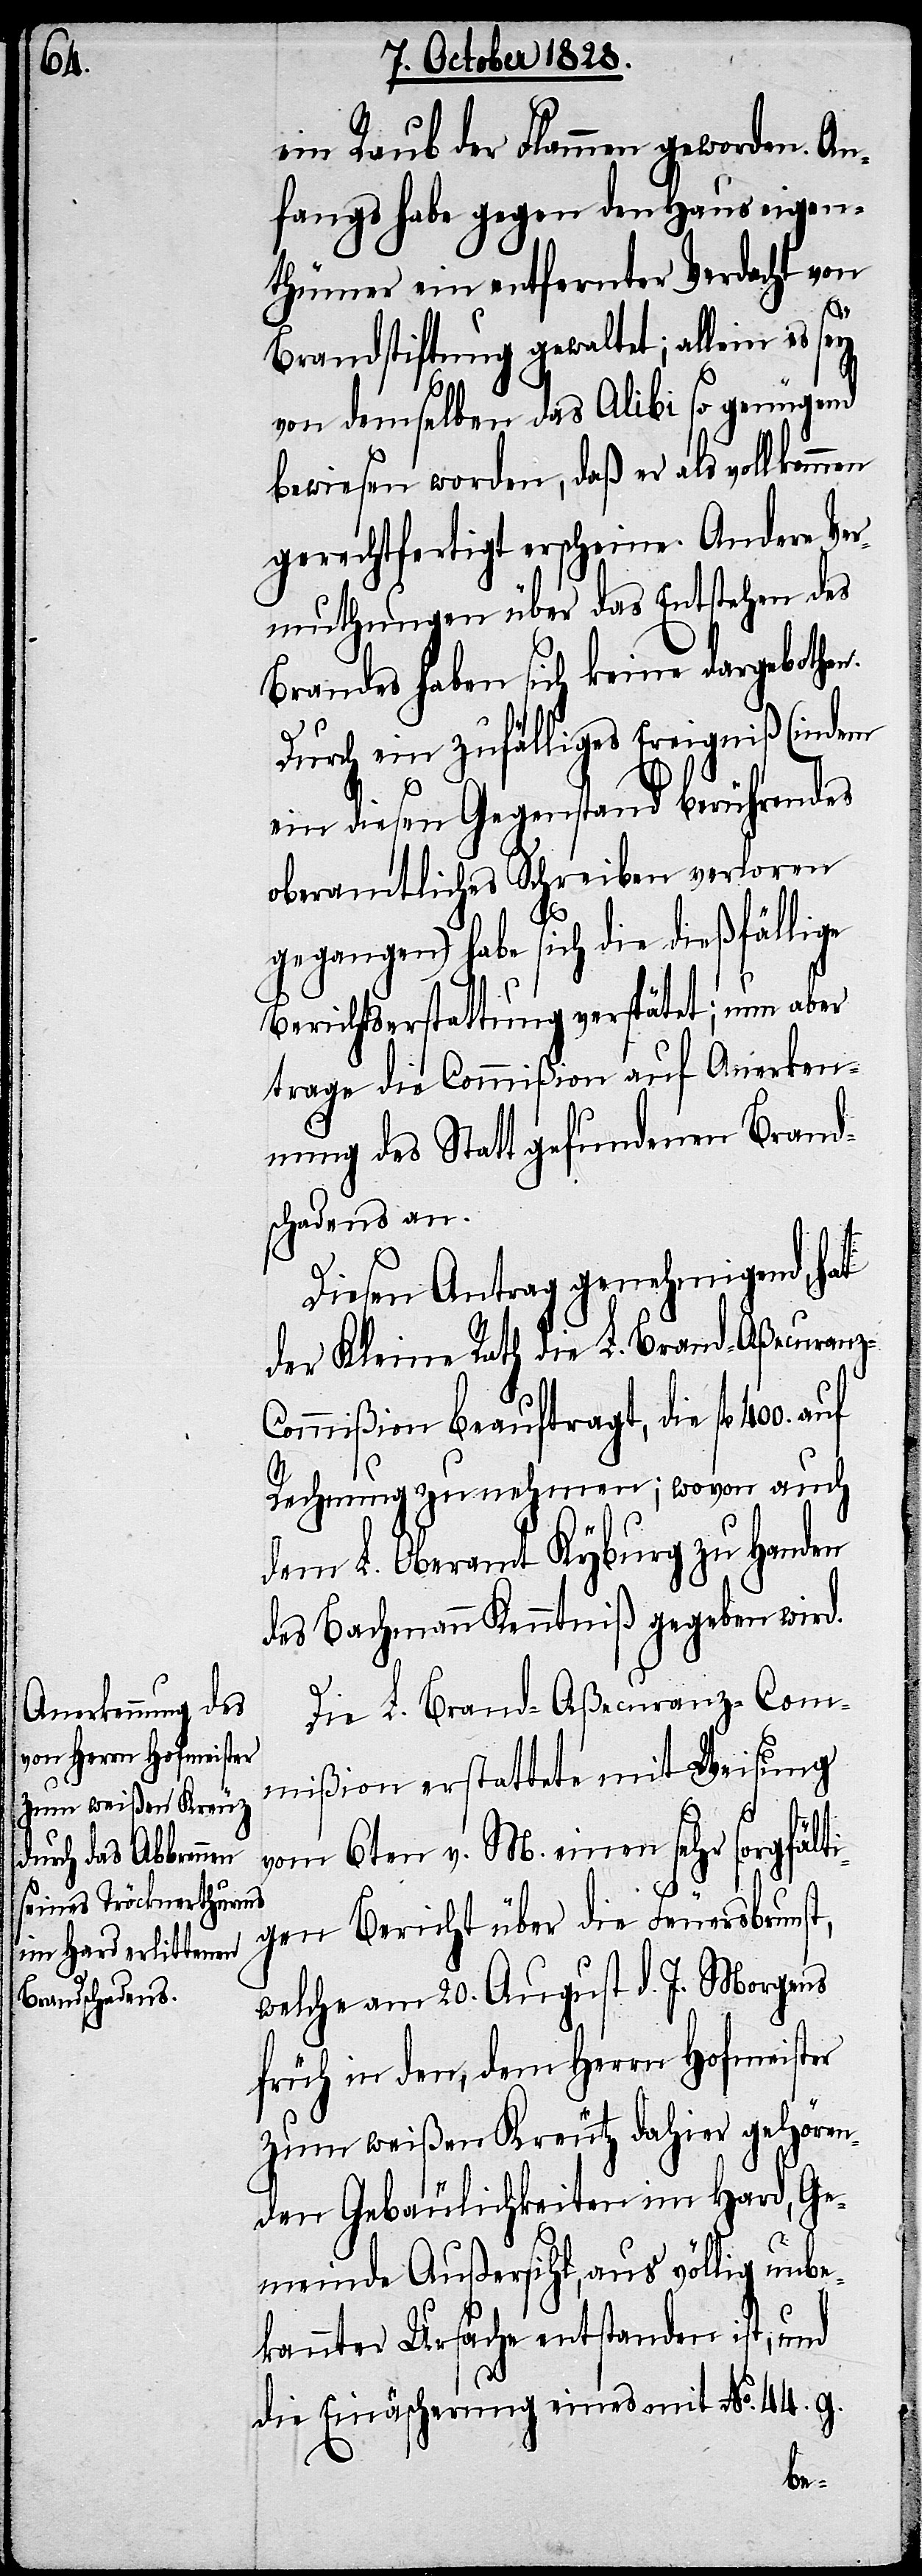
ein Raub der Flammen geworden. An¬
fangs habe gegen den Hauseigen¬
thümer ein entfernter Verdacht von
400.
Brandstiftung gewaltet; allein es sey
von demselben das Alibi so genügend
bewiesen worden, daß er als vollkommen
gerechtfertigt erscheine. Andere Ver¬
muthungen über das Entstehen des
Brandes haben sich keine dargebothen.
Durch ein zufälliges Ereigniß (indem
ein diesen Gegenstand berührendes
oberamtliches Schreiben verloren
gegangen) habe sich die dießfällige
Berichtserstattung verspätet; nun aber
trage die Commißion auf Anerken¬
nung des Statt gefundenen Brand¬
schadens an.
Diesen Antrag genehmigend, hat
der Kleine Rath die L. Brand-Aßecuran¬
ommißion beauftragt, die fl.
Rechnung zu nehmen; wovon auch
dem L. Oberamt Kyburg zu Handen
des Bachmann Kenntniß gegeben wird.
Die L. Brand-Aßecuranz-Com¬
mißion erstattete mit Weisung
auf
vom 6ten v. M. einen sehr sorgfälti¬
gen Bericht über die Feuersbrunst,
welche am 20. August d. J. Morgens
früh in den, dem Herrn Hofmeister
zum weißen Kreutz dahier gehören¬
den Gebäulichkeiten im Hard, Ge¬
meinde Außersihl, aus völlig unbe¬
kannter Ursache entstanden ist, und
die Einäscherung eines mit No. 44. g.